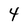
Character: 4